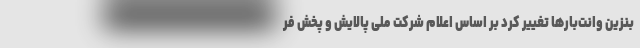
بنزین وانت‌بارها تغییر کرد بر اساس اعلام شرکت ملی پالایش و پخش فر